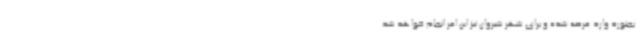
بجنورد وارد عرصه شده و برای شهر شیروان نیز این امر انجام خواهد شد